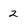
Character: 2